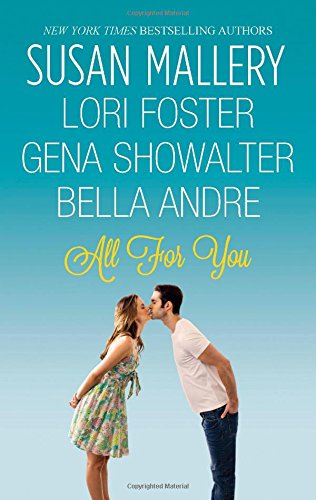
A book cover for All For You: Halfway There\Buckhorn Ever After\The One You Want\One Perfect Night (Fool's Gold); Susan Mallery; Romance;